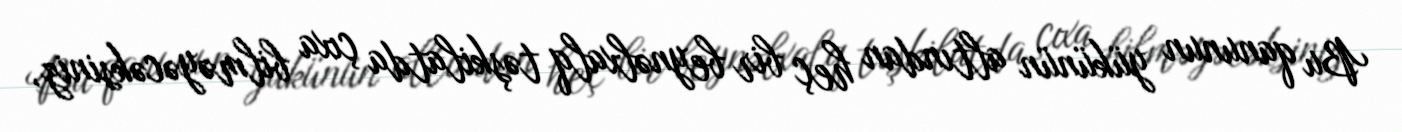
Bu qanunun yükünün altından heç bir beynəlxalq təşkilatda çıxa bilməyəcəksiniz,